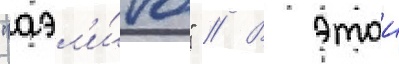
"аэл'и́та" // В этои